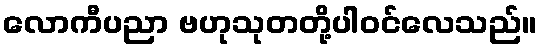
လောကီပညာ ဗဟုသုတတို့ပါဝင်လေသည်။